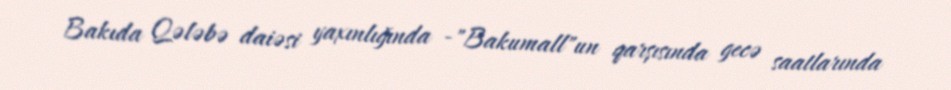
Bakıda Qələbə daiəsi yaxınlığında -"Bakumall"un qarşısında gecə saatlarında